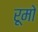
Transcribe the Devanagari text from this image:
रूमो